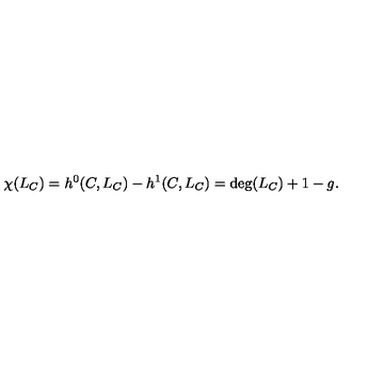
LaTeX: \chi ( L _ { C } ) = h ^ { 0 } ( C , L _ { C } ) - h ^ { 1 } ( C , L _ { C } ) = \deg ( L _ { C } ) + 1 - g .